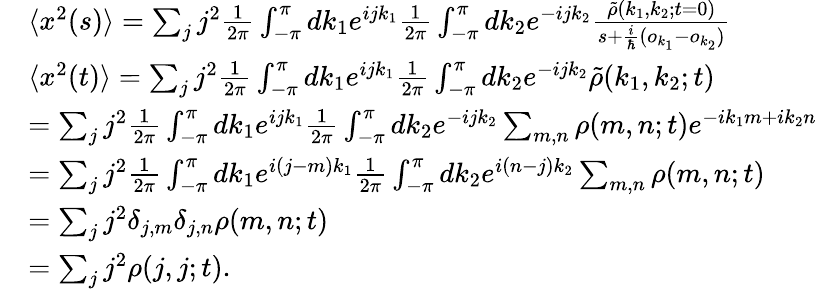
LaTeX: \begin{array}{rl}&{\langle x^{2}(s)\rangle=\sum_{j}j^{2}\frac{1}{2\pi}\int_{-\pi}^{\pi}dk_{1}e^{ijk_{1}}\frac{1}{2\pi}\int_{-\pi}^{\pi}dk_{2}e^{-ijk_{2}}\frac{\tilde{\rho}(k_{1},k_{2};t=0)}{s+\frac{i}{\hbar}(o_{k_{1}}-o_{k_{2}})}}\\ &{\langle x^{2}(t)\rangle=\sum_{j}j^{2}\frac{1}{2\pi}\int_{-\pi}^{\pi}dk_{1}e^{ijk_{1}}\frac{1}{2\pi}\int_{-\pi}^{\pi}dk_{2}e^{-ijk_{2}}\tilde{\rho}(k_{1},k_{2};t)}\\ &{=\sum_{j}j^{2}\frac{1}{2\pi}\int_{-\pi}^{\pi}dk_{1}e^{ijk_{1}}\frac{1}{2\pi}\int_{-\pi}^{\pi}dk_{2}e^{-ijk_{2}}\sum_{m,n}\rho(m,n;t)e^{-ik_{1}m+ik_{2}n}}\\ &{=\sum_{j}j^{2}\frac{1}{2\pi}\int_{-\pi}^{\pi}dk_{1}e^{i(j-m)k_{1}}\frac{1}{2\pi}\int_{-\pi}^{\pi}dk_{2}e^{i(n-j)k_{2}}\sum_{m,n}\rho(m,n;t)}\\ &{=\sum_{j}j^{2}\delta_{j,m}\delta_{j,n}\rho(m,n;t)}\\ &{=\sum_{j}j^{2}\rho(j,j;t).}\end{array}